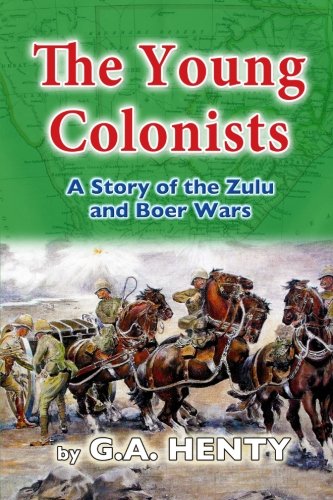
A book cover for The Young Colonists: A Story of the Zulu and Boer Wars; G A Henty; Teen & Young Adult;